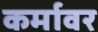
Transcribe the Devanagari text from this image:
कर्मावर